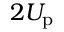
2 U _ { \mathrm { p } }